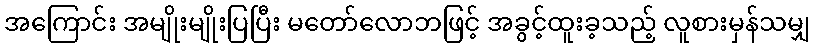
အကြောင်း အမျိုးမျိုးပြပြီး မတော်လောဘဖြင့် အခွင့်ထူးခ့သည့် လူစားမှန်သမျှ